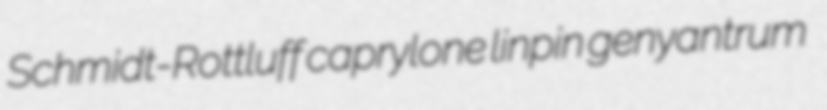
Schmidt-Rottluff caprylone linpin genyantrum